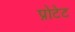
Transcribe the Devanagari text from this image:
प्रोटेट